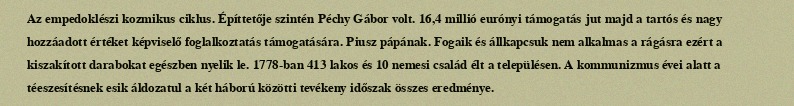
Az empedoklészi kozmikus ciklus. Építtetője szintén Péchy Gábor volt. 16,4 millió eurónyi támogatás jut majd a tartós és nagy hozzáadott értéket képviselő foglalkoztatás támogatására. Piusz pápának. Fogaik és állkapcsuk nem alkalmas a rágásra ezért a kiszakított darabokat egészben nyelik le. 1778-ban 413 lakos és 10 nemesi család élt a településen. A kommunizmus évei alatt a téeszesítésnek esik áldozatul a két háború közötti tevékeny időszak összes eredménye.